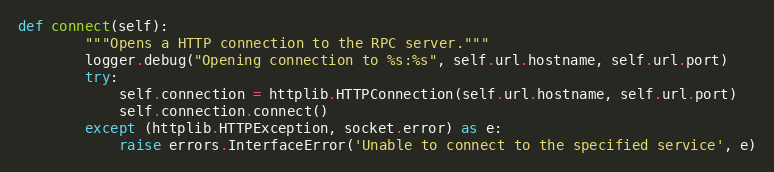
Language: Python
def connect(self):
        """Opens a HTTP connection to the RPC server."""
        logger.debug("Opening connection to %s:%s", self.url.hostname, self.url.port)
        try:
            self.connection = httplib.HTTPConnection(self.url.hostname, self.url.port)
            self.connection.connect()
        except (httplib.HTTPException, socket.error) as e:
            raise errors.InterfaceError('Unable to connect to the specified service', e)